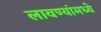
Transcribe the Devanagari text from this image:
लावण्यांमध्ये